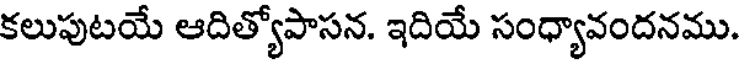
కలుపుటయే ఆదిత్యోపాసన. ఇదియే సంధ్యావందనము.